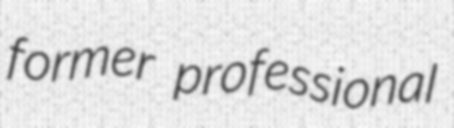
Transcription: former professional